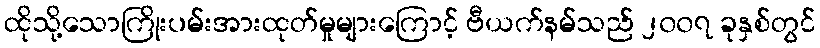
ထိုသို့သောကြိုးပမ်းအားထုတ်မှုများကြောင့် ဗီယက်နမ်သည် ၂၀၀၇ ခုနှစ်တွင်